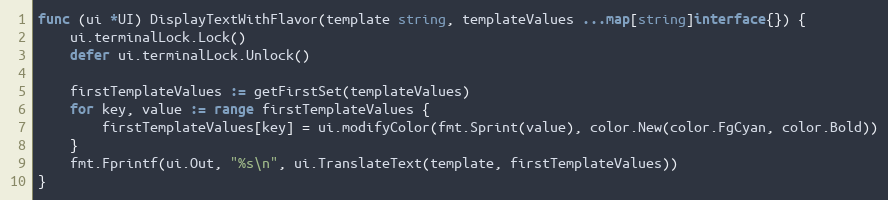
Language: Go
func (ui *UI) DisplayTextWithFlavor(template string, templateValues ...map[string]interface{}) {
	ui.terminalLock.Lock()
	defer ui.terminalLock.Unlock()

	firstTemplateValues := getFirstSet(templateValues)
	for key, value := range firstTemplateValues {
		firstTemplateValues[key] = ui.modifyColor(fmt.Sprint(value), color.New(color.FgCyan, color.Bold))
	}
	fmt.Fprintf(ui.Out, "%s\n", ui.TranslateText(template, firstTemplateValues))
}